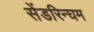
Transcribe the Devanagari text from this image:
सेंडरिन्घम